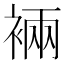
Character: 裲